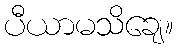
ပီယာမသိချေ။